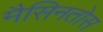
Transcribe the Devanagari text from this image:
मैसिनतोस